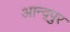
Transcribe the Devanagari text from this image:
आन्द्पुर